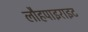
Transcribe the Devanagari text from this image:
लौहपाइराइट